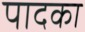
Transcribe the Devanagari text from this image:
पादका